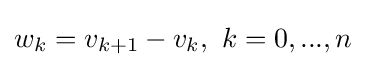
w_{k}=v_{k+1}-v_{k},\ k=0,...,n\,\!